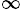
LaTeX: _{\infty}